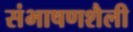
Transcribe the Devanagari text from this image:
संभाषणशैली